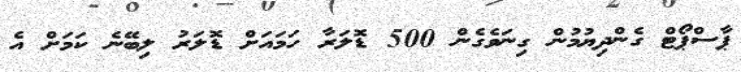
ޕާސްޕޯޓް ގެންދިޔުމުން ގިނަވެގެން 500 ޑޮލަރާ ހަމައަށް ޑޮލަރު ލިބޭނެ ކަމަށް އެ